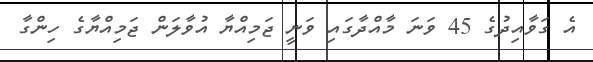
އެ ގަވާއިދުގެ 45 ވަނަ މާއްދާގައި ވަނީ ޖަމިއްޔާ އުވާލަން ޖަމިއްޔާގެ ހިންގާ